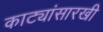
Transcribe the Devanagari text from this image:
काट्यांसारखी